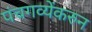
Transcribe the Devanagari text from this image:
पंचगव्येंकरुन